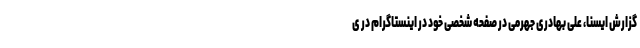
گزارش ایسنا، علی بهادری جهرمی در صفحه شخصی خود در اینستاگرام در ی